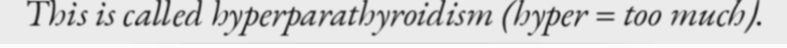
This is called hyperparathyroidism (hyper = too much).